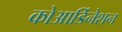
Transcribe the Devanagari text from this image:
कोआर्डिनेशन